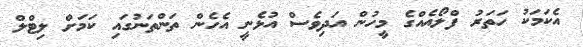
އެކަމަކު ހަތަރު ފްލޯއެއްގެ މީހުން އަދިވެސް އުޅެނީ އެހެން ތަންތަނުގައި ކަމަށް ލިޓްލް